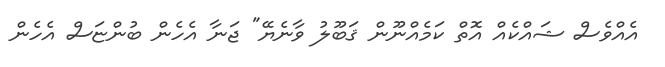
އެއްވެސް ޝައްކެއް އޮތް ކަމެއްނޫން ޤަބޫލު ވާނެޔޭ" ޖަނާ އެހެން ބުންޏަސް އެހެން